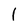
Character: l